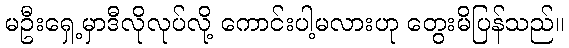
မဦးရှေ့မှာဒီလိုလုပ်လို့ ကောင်းပါ့မလားဟု တွေးမိပြန်သည်။